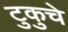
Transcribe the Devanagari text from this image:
टुकुचे